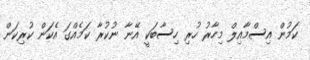
ކަމުން އިސްމާއިލް މިހާރު ހުރި ހިސާބަކީ އޭނާ ނުކުރާ ކަމެއްގަ އެކަން ކުރިކަން